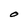
Character: O